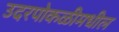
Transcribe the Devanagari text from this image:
उदरपोकळीमधील